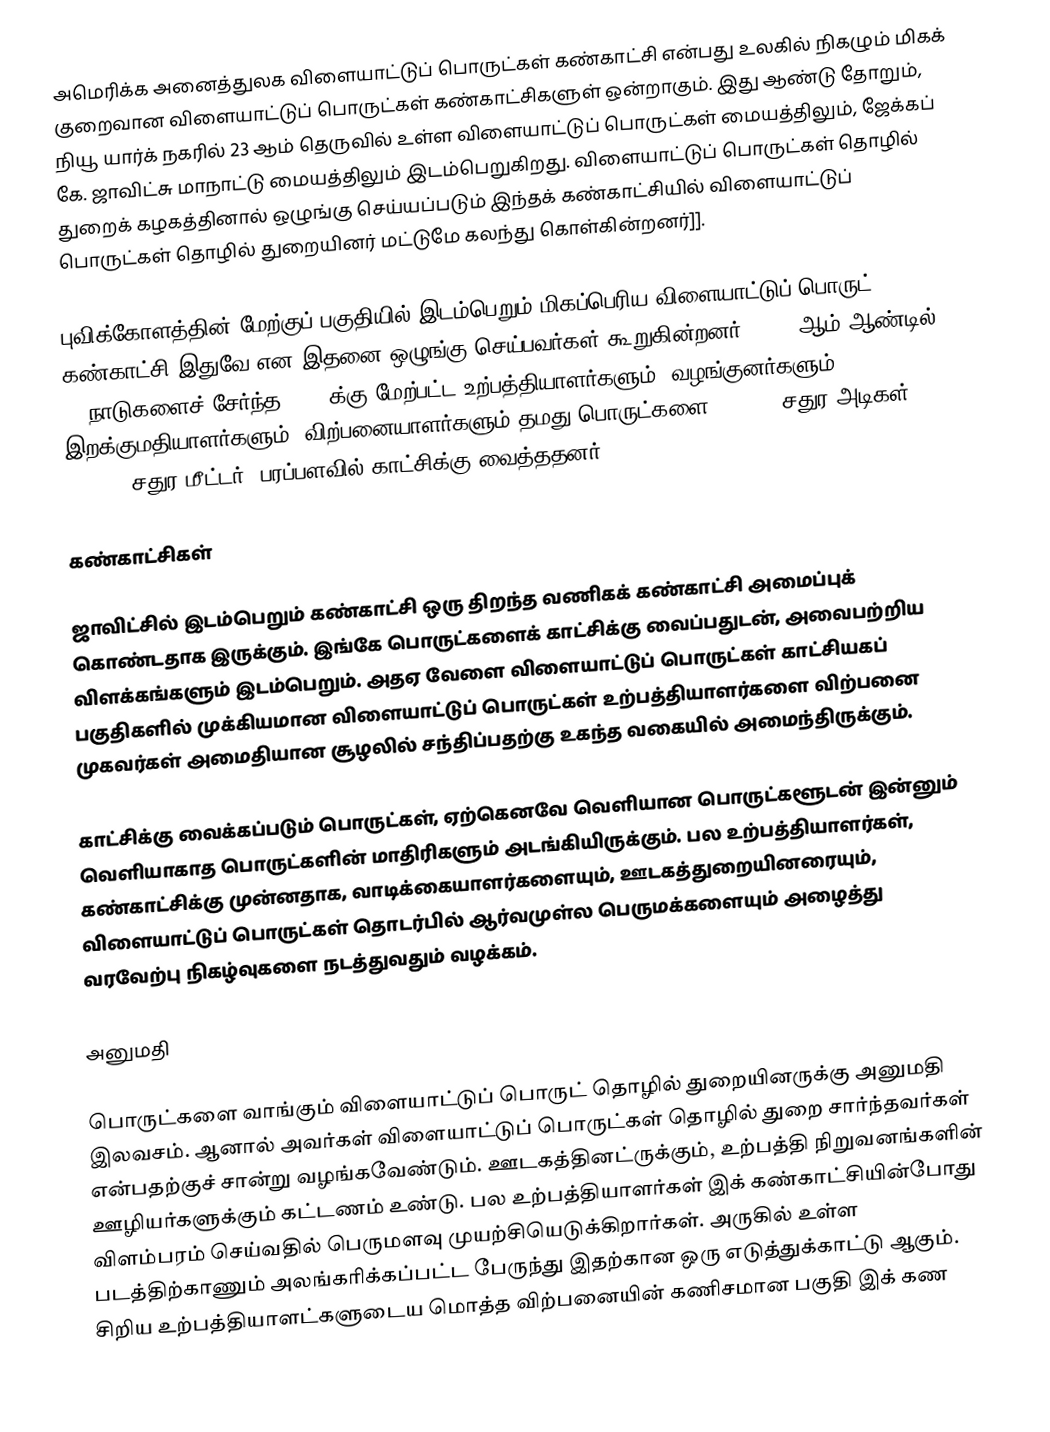
அமெரிக்க அனைத்துலக விளையாட்டுப் பொருட்கள் கண்காட்சி என்பது உலகில் நிகழும் மிகக் குறைவான விளையாட்டுப் பொருட்கள் கண்காட்சிகளுள் ஒன்றாகும். இது ஆண்டு தோறும், நியூ யார்க் நகரில் 23 ஆம் தெருவில் உள்ள விளையாட்டுப் பொருட்கள் மையத்திலும், ஜேக்கப் கே. ஜாவிட்சு மாநாட்டு மையத்திலும் இடம்பெறுகிறது. விளையாட்டுப் பொருட்கள் தொழில் துறைக் கழகத்தினால் ஒழுங்கு செய்யப்படும் இந்தக் கண்காட்சியில் விளையாட்டுப் பொருட்கள் தொழில் துறையினர் மட்டுமே கலந்து கொள்கின்றனர்]].

புவிக்கோளத்தின் மேற்குப் பகுதியில் இடம்பெறும் மிகப்பெரிய விளையாட்டுப் பொருட் கண்காட்சி இதுவே என இதனை ஒழுங்கு செய்பவர்கள் கூறுகின்றனர். 2006 ஆம் ஆண்டில், 30 நாடுகளைச் சேர்ந்த 1,500க்கு மேற்பட்ட உற்பத்தியாளர்களும், வழங்குனர்களும், இறக்குமதியாளர்களும், விற்பனையாளர்களும் தமது பொருட்களை 300,000 சதுர அடிகள் (28,000 சதுர மீட்டர்) பரப்பளவில் காட்சிக்கு வைத்ததனர்.

கண்காட்சிகள்

ஜாவிட்சில் இடம்பெறும் கண்காட்சி ஒரு திறந்த வணிகக் கண்காட்சி அமைப்புக் கொண்டதாக இருக்கும். இங்கே பொருட்களைக் காட்சிக்கு வைப்பதுடன், அவைபற்றிய விளக்கங்களும் இடம்பெறும். அதஏ வேளை விளையாட்டுப் பொருட்கள் காட்சியகப் பகுதிகளில் முக்கியமான விளையாட்டுப் பொருட்கள் உற்பத்தியாளர்களை விற்பனை முகவர்கள் அமைதியான  சூழலில் சந்திப்பதற்கு உகந்த வகையில் அமைந்திருக்கும்.

காட்சிக்கு வைக்கப்படும் பொருட்கள், ஏற்கெனவே வெளியான பொருட்களூடன் இன்னும் வெளியாகாத பொருட்களின் மாதிரிகளும் அடங்கியிருக்கும். பல உற்பத்தியாளர்கள், கண்காட்சிக்கு முன்னதாக, வாடிக்கையாளர்களையும், ஊடகத்துறையினரையும், விளையாட்டுப் பொருட்கள் தொடர்பில் ஆர்வமுள்ல பெருமக்களையும் அழைத்து வரவேற்பு நிகழ்வுகளை நடத்துவதும் வழக்கம்.

அனுமதி

பொருட்களை வாங்கும் விளையாட்டுப் பொருட் தொழில் துறையினருக்கு அனுமதி இலவசம். ஆனால் அவர்கள் விளையாட்டுப் பொருட்கள் தொழில் துறை சார்ந்தவர்கள் என்பதற்குச் சான்று வழங்கவேண்டும். ஊடகத்தினட்ருக்கும், உற்பத்தி நிறுவனங்களின் ஊழியர்களுக்கும் கட்டணம் உண்டு. பல உற்பத்தியாளர்கள் இக் கண்காட்சியின்போது விளம்பரம் செய்வதில் பெருமளவு முயற்சியெடுக்கிறார்கள். அருகில் உள்ள படத்திற்காணும் அலங்கரிக்கப்பட்ட பேருந்து இதற்கான ஒரு எடுத்துக்காட்டு ஆகும். சிறிய உற்பத்தியாளட்களுடைய மொத்த விற்பனையின் கணிசமான பகுதி இக் கண